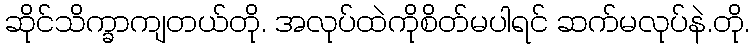
ဆိုင်သိက္ခာကျတယ်တို. အလုပ်ထဲကိုစိတ်မပါရင် ဆက်မလုပ်နဲ.တို.